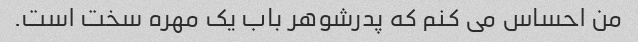
من احساس می کنم که پدرشوهر باب یک مهره سخت است.